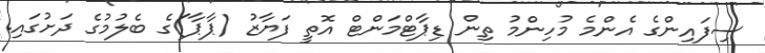
ސިފައިންގެ އެންމެ މުހިންމު ތިން ޑިޕާޓްމަންޓް އޮތީ ފަޔާޒު (ޕާޕާ)ގެ ބެލުމުގެ ދަށުގައި.